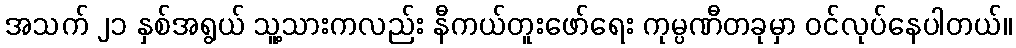
အသက် ၂၁ နှစ်အရွယ် သူ့သားကလည်း နီကယ်တူးဖော်ရေး ကုမ္ပဏီတခုမှာ ဝင်လုပ်နေပါတယ်။